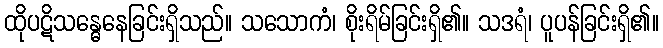
ထိုပဋိသန္ဓေနေခြင်းရှိသည်။ သသောကံ၊ စိုးရိမ်ခြင်းရှိ၏။ သဒရံ၊ ပူပန်ခြင်းရှိ၏။